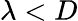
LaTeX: \lambda<D